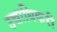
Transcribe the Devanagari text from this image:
उच्चाधिकरी